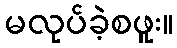
မလုပ်ခဲ့စဖူး။